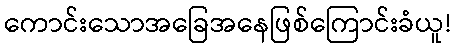
ကောင်းသောအခြေအနေဖြစ်ကြောင်းခံယူ!